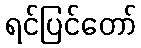
ရင်ပြင်တော်